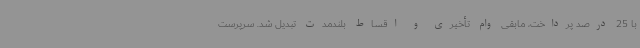
با 25 درصد پرداخت، مابقی وام تأخیری و اقساط بلندمدت تبدیل شد. سرپرست